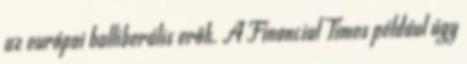
az európai balliberális erők. A Financial Times például úgy